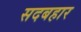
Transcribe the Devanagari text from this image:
सदबहार